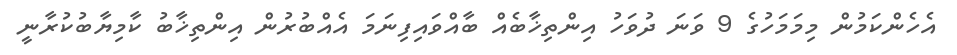
އެހެންކަމުން މިމަމަހުގެ 9 ވަނަ ދުވަހު އިންތިޚާބެއް ބާއްވައިފިނަމަ އެއްބުރުން އިންތިޚާބު ކާމިޔާބުކުރާނީ